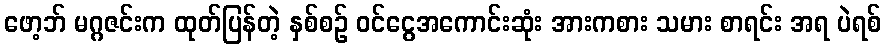
ဖော့ဘ် မဂ္ဂဇင်းက ထုတ်ပြန်တဲ့ နှစ်စဉ် ဝင်ငွေအကောင်းဆုံး အားကစား သမား စာရင်း အရ ပဲရစ်